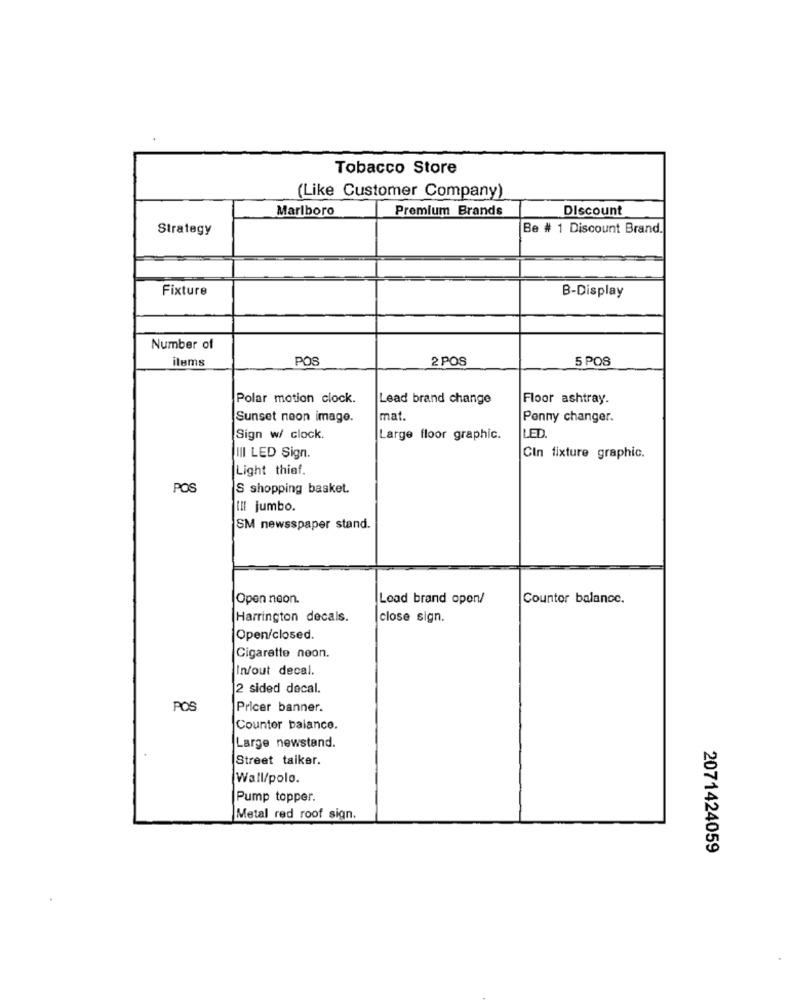
Tobacco Store
(Like Customer Company)
Marlboro
Premium Brands
Discount
Strategy
Be # 1 Discount Brand.
Fixture
B-Display
Number of
items
POS
2 POS
5 POS
Polar motion clock.
Lead brand change
Floor ashtray.
Sunset neon image.
mat.
Penny changer.
Sign w/ clock.
Large floor graphic.
LED
III LED Sign.
CIn fixture graphic.
Light thief.
POS
S shopping basket.
III jumbo.
SM newsspaper stand.
Open neon.
Load brand open/
Countor balance.
Harrington decals.
close sign.
Open/closed.
Cigarette neon.
In/out decal.
2 sided decal.
POS
Pricer banner.
Counter balance.
Large newstand.
Street taiker.
Wall/polo.
Pump topper.
Metal red roof sign.
2071424059